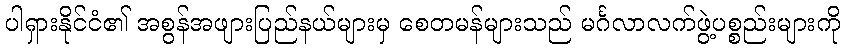
ပါရှားနိုင်ငံ၏ အစွန်အဖျားပြည်နယ်များမှ စေတမန်များသည် မင်္ဂလာလက်ဖွဲ့ပစ္စည်းများကို